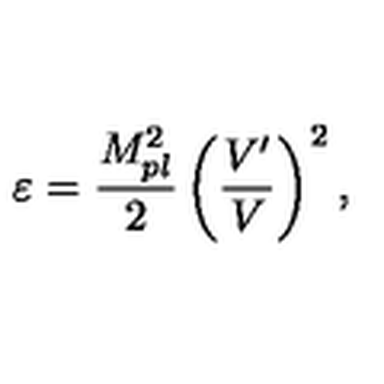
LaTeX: \varepsilon = \frac { M _ { p l } ^ { 2 } } { 2 } \left( \frac { V ^ { \prime } } { V } \right) ^ { 2 } ,